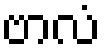
ဗာလံ